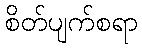
စိတ်ပျက်စရာ